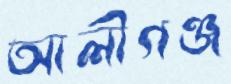
আলীগঞ্জ